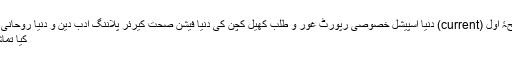
× صفحۂ اول (current) دنیا اسپیشل خصوصی رپورٹ غور و طلب کھیل کچن کی دنیا فیشن صحت کیرئر پلاننگ ادب دین و دنیا روحانی مسائل
کیا تماشا ہے۔